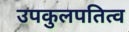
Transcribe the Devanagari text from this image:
उपकुलपतित्व